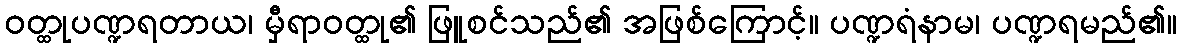
ဝတ္ထုပဏ္ဍရတာယ၊ မှီရာဝတ္ထု၏ ဖြူစင်သည်၏ အဖြစ်ကြောင့်။ ပဏ္ဍရံနာမ၊ ပဏ္ဍရမည်၏။